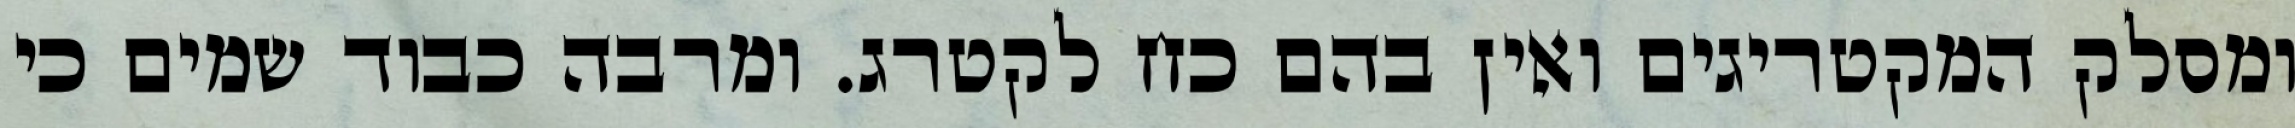
ומסלק המקטריגים ואין בהם כח לקטרג. ומרבה כבוד שמים כי